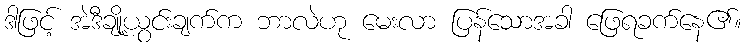
ဒါဖြင့် အဲဒီချို့ယွင်းချက်က ဘာလဲဟု မေးလာ ပြန်သောအခါ ဖြေရခက်နေ၏။